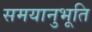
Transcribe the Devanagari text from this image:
समयानुभूति